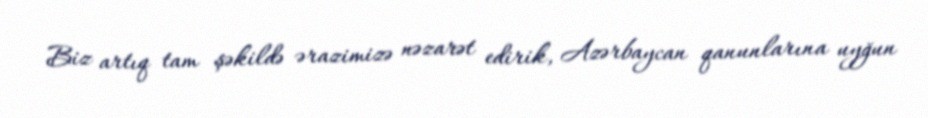
Biz artıq tam şəkildə ərazimizə nəzarət edirik, Azərbaycan qanunlarına uyğun